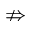
\nRightarrow